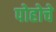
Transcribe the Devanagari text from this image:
पोहोचे